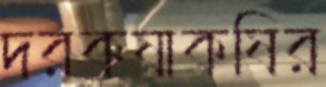
দরকষাকষির